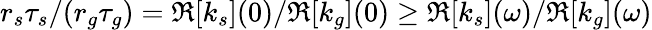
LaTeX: r_{s}\tau_{s}/(r_{g}\tau_{g})=\Re[k_{s}](0)/\Re[k_{g}](0)\ge\Re[k_{s}](\omega)/\Re[k_{g}](\omega)